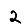
Digit: 2